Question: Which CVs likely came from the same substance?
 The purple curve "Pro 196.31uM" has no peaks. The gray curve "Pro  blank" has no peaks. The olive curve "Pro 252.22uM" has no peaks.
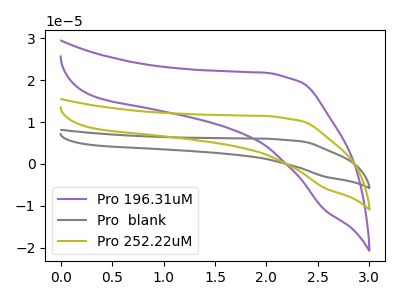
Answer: <think>Neither "Pro 196.31uM" or "Pro  blank" have any peaks. Neither "Pro 196.31uM" or "Pro 252.22uM" have any peaks. Neither "Pro  blank" or "Pro 252.22uM" have any peaks.
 </think>
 <answer>"Pro 196.31uM", "Pro  blank" and "Pro 252.22uM" have the same shape and are likely CV's of the same chemical.</answer>
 <eval>"Pro 196.31uM" "Pro  blank" "Pro 252.22uM"</eval>